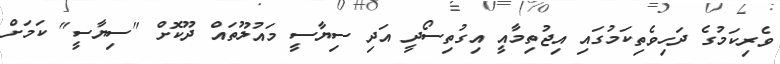
ވެރިކަމުގެ ދަހިވެތިކަމުގައި އިޖުތިމާއީ އިގުތިސޯދީ އަދި ސިޔާސީ މައުލޫތައް ދޫކޮށް "ސިޔާސީ" ކަމަށް